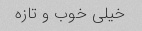
خیلی‌ خوب و تازه